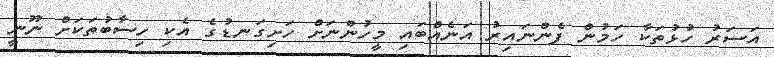
އަސަރު ހުޅުތަކާ ހަމުން ފެންނައިރު އަނެއްބައި މީހުންނަށް ހަށިގަނޑުގެ އެކި ހިސާބުތަކަށް ނޫނީ